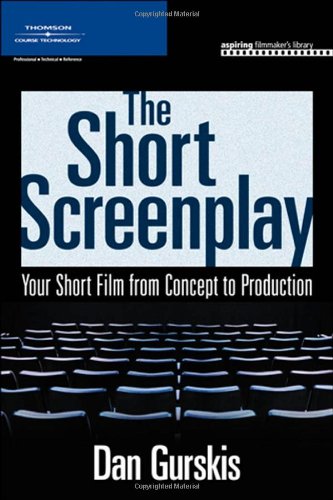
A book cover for The Short Screenplay: Your Short Film from Concept to Production (Aspiring Filmmaker's Library); Daniel Gurskis; Humor & Entertainment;